King Institute of Preventive Medicine Micro-Biological Section reports 1909-11
Year: 1909
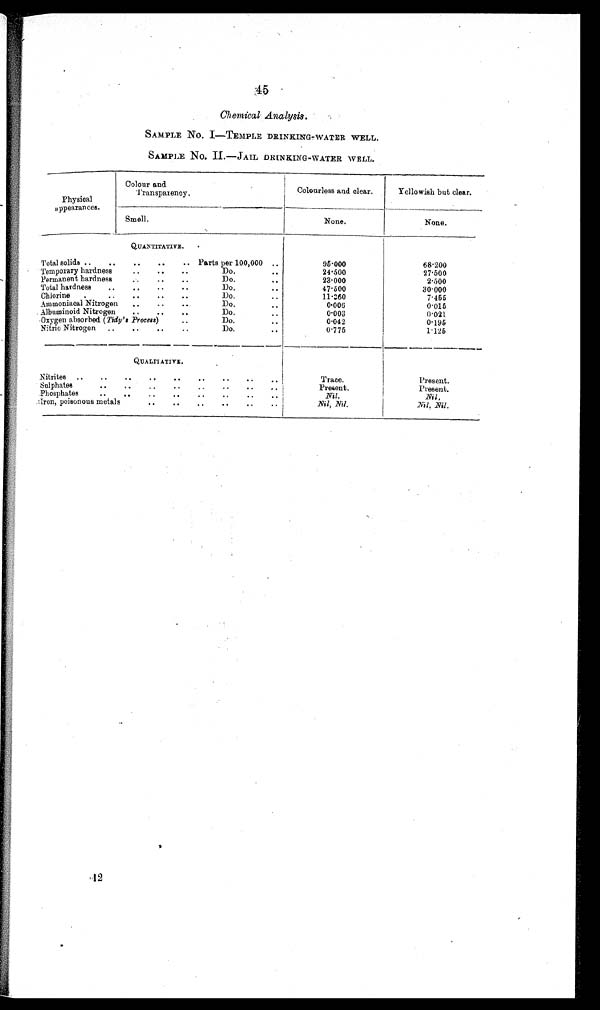
45
Chemical. Analysis.
SAMPLE NO. I—TEMPLE DRINKING-WATER WELL.
SAMPLE No. II .—JAIL DRINKING-WATER WELL .
Physical
appearances.
Colour and
Transparency.
Colourless and clear.
Yellowish but clear.
___. _ _______
______
Smell.
_
None.
None.
Total solids ..
..
Temporary hardness
Permanent hardness
Total hardness
Cholorine
..
.
Ammoniacal Nitrogen
Albuminoid Nitrogen
Oxygen absorbed
( T i d y ' s P r o c e s s )
Nitric Nitrogen..
QUANTITATIVE.
.
..
..
..
Parts per 100,000 ..
•.
..
..
Do.• •
..
..
..
Do.• •
. •
..
••
..
Do
Do.. Do.
• •
..
..
..
. •
..
..
..
Do.. .. .. Do..
..
• •
Do.
..
..
..
..
9 5 · 0 0 0
24·500
23·000
47·500
11·360
0·006
0·003
0·042
0·775
68·200
27·500
2·500
30·000
7·455
0·015
0·021
0·195
1·125
Nitrites „
..
Sulphates.
• .
Phosphates
••
Iron, poisonous metals
-
QUALITATIVE .
..
••
..
..
••
.•
..
.*
..
• •
..
..
..
••
..
••
..
..
••
..
••
..
••
Trace.
i
P r e s e n t .
Nil.
Nil, Nil.
Present.
Present.
N i l ,
Nil, Nil.
1 2